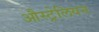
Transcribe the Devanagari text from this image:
औस्ट्रेलियन